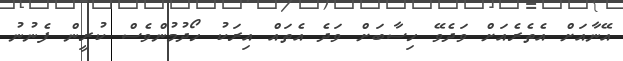
އޭނާއަށް އެތެރެއަށް ވަދެވޭ ހިސާބަށް ވަދެ އެތައް އިރަކު ހޯދުމުންވެސް ކުރީން ފެނުނު